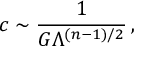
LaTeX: c \sim { \frac { 1 } { G \Lambda ^ { ( n - 1 ) / 2 } } } \, ,